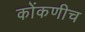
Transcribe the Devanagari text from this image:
कोंकणीच